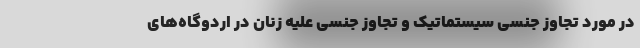
در مورد تجاوز جنسی سیستماتیک و تجاوز جنسی علیه زنان در اردوگاه‌های